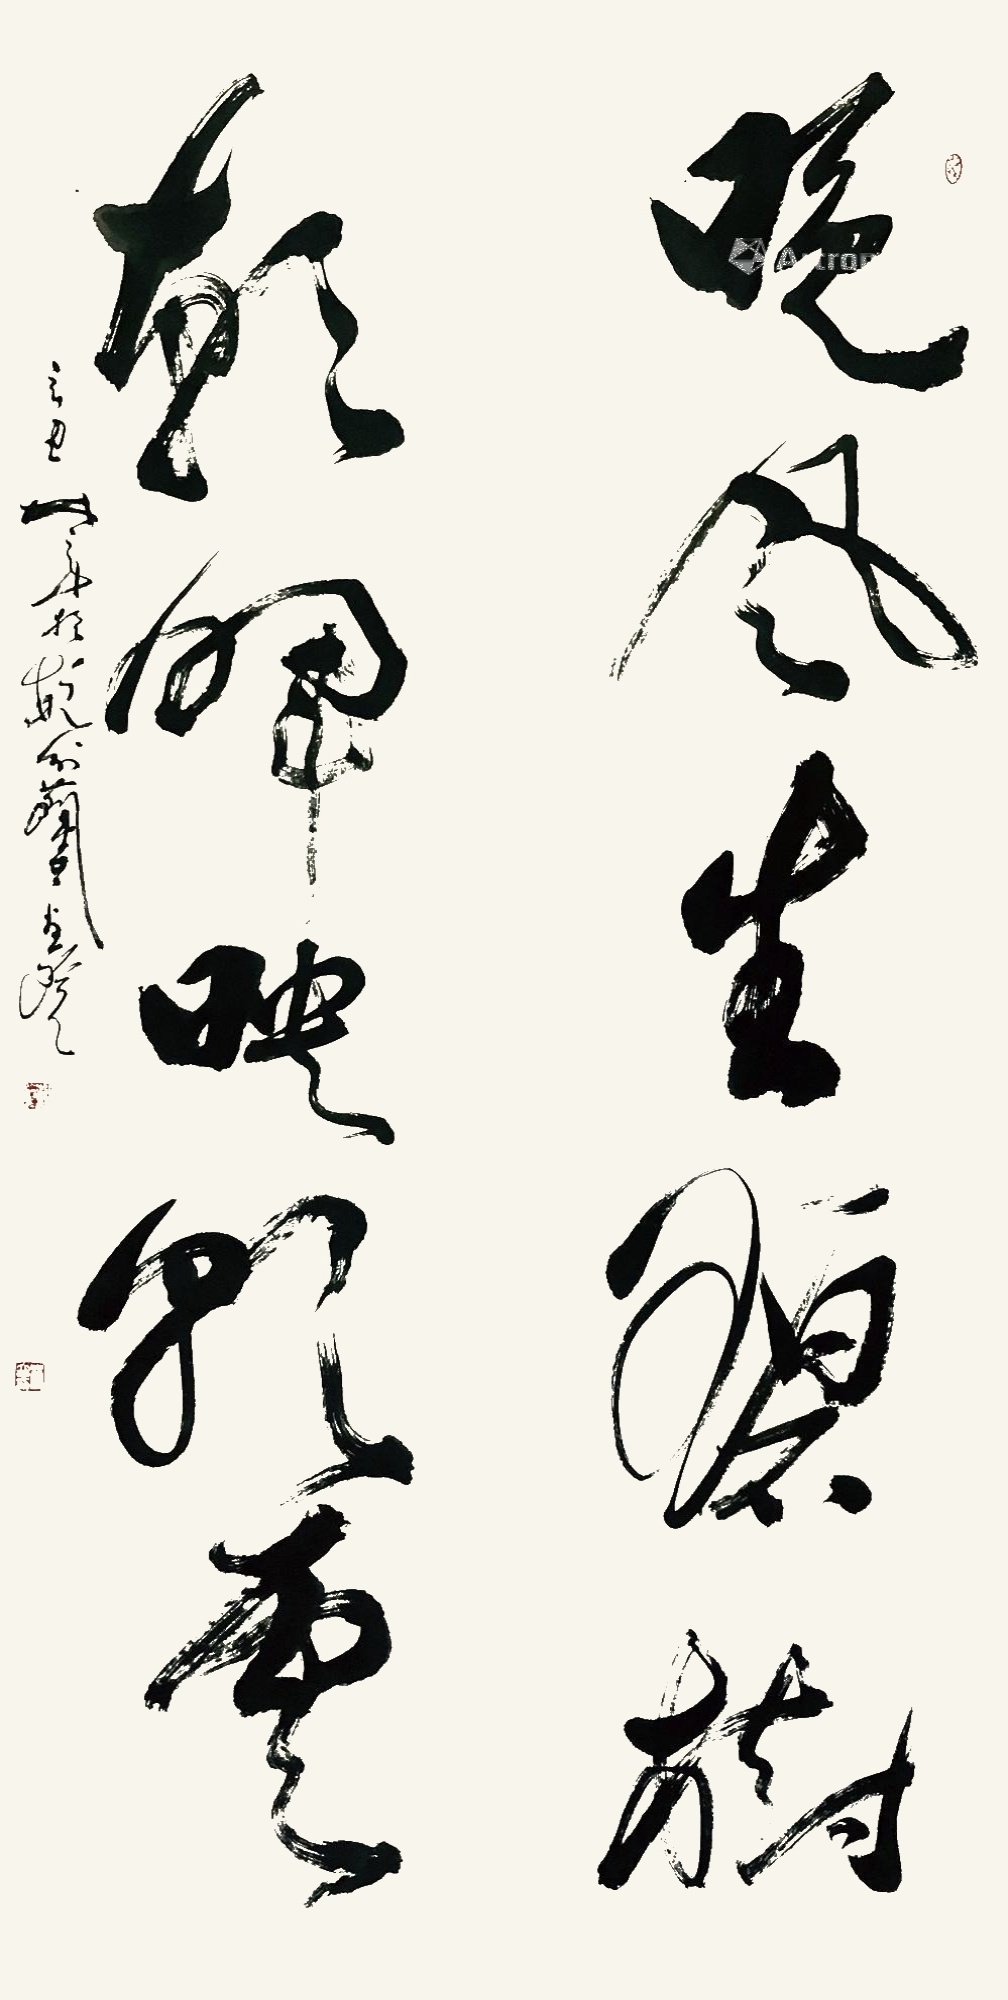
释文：晚风生碧树朝晖映朝云林立中2021年作